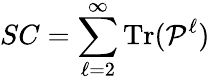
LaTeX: SC=\sum_{\ell=2}^{\infty}\mathrm{Tr}(\mathbf{\mathcal{P}}^{\ell})